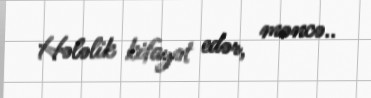
Hələlik kifayət edər, məncə..